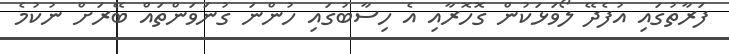
ފަރާތުގައި އުފެދޭ ލޯވަޅަކުން ގޮހޮރާއި އެ ހިސާބުގައި ހުންނަ ގުނަވަންތައް ބޭރަށް ނުކުމެ